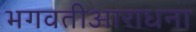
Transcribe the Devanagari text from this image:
भगवतीआराधना